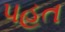
પહત